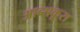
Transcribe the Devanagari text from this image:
आब्सकूरा